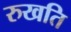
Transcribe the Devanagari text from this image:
रुखति